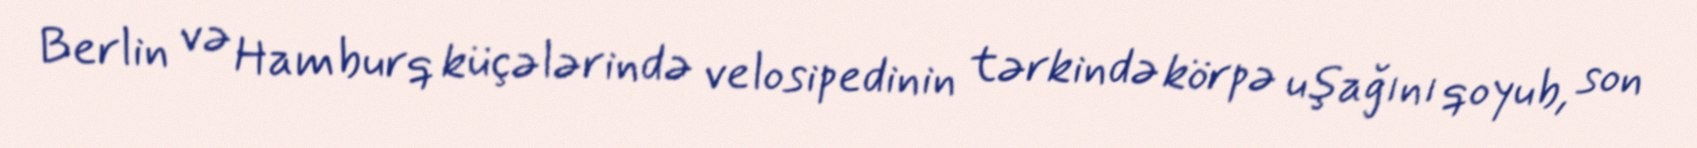
Berlin və Hamburq küçələrində velosipedinin tərkində körpə uşağını qoyub, son